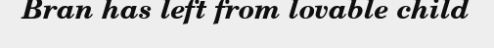
Bran has left from lovable child